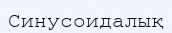
Синусоидалық